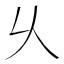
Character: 乆